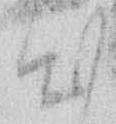
出